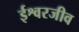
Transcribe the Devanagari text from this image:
ईश्वरजीव